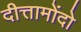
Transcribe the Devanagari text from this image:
दीत्तामोंदो